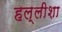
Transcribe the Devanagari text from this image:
हल्लीशा